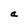
Character: a